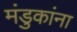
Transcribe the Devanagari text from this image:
मंडुकांना